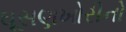
ઘૂસણખોરીનો